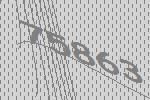
75863